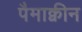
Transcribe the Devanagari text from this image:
पैमाक्वीन